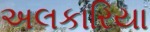
અલકારિયા